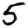
Digit: 5